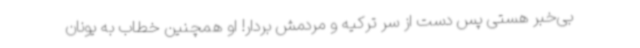
بی‌خبر هستی پس دست از سر ترکیه و مردمش بردار! او همچنین خطاب به یونان